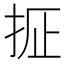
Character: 𫼢